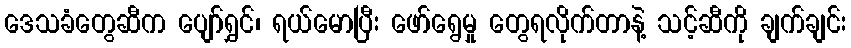
ဒေသခံတွေဆီက ပျော်ရွှင်၊ ရယ်မောပြီး ဖော်ရွေမှု တွေရလိုက်တာနဲ့ သင့်ဆီကို ချက်ချင်း